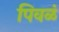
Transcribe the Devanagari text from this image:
पिवळं